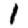
Digit: 1